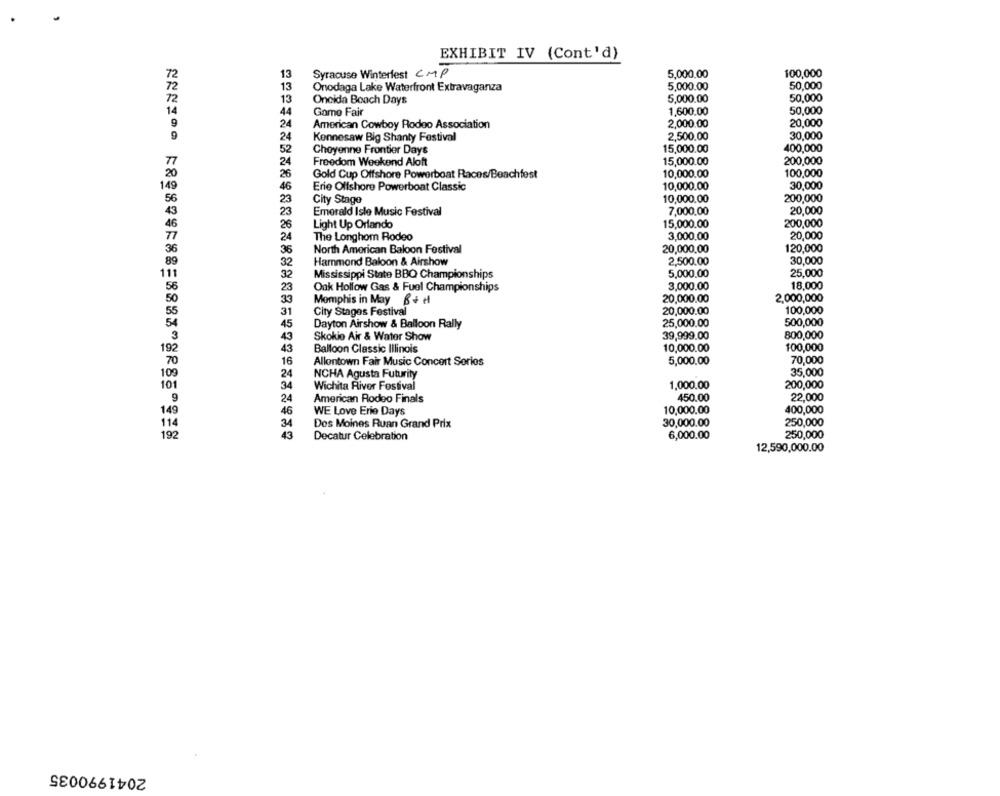
EXHIBIT IV (Cont'd)
Syracuse Winterfest CMP
13
5,000,00
100,000
13
Onodaga Lake Waterfront Extravaganza
5,000.00
50,000
13
Oncida Boach Days
5,000.00
50,000
44
Game Fair
1,600.00
50,000
24
American Cowboy Rodeo Association
2,000.00
20,000
2,500.00
30,000
24
Kennesaw Big Shanty Festival
52
Cheyenne Frontier Days
15,000.00
400,000
24
Freedom Weekend Aloft
15,000.00
200,000
26
Gold Cup Offshore Powerboat Races/Beachfest
10,000.00
100,000
46
Erie Offshore Powerboat Classic
10,000.00
30,000
City Stage
10,000.00
200,000
23
23
Emerald Isle Music Festival
7,000.00
20,000
15,000.00
200,000
26
Light Up Orlando
24
The Longhom Rodeo
3,000.00
20,000
120,000
36
North American Baloon Festival
20,000.00
Hammond Baloon & Airshow
2,500.00
30,000
32
25,000
32
Mississippi State BBQ Championships
5,000.00
Onk Hollow Gas & Fuel Championships
3.000.00
18,000
23
33
Memphis in May B+H
20,000.00
2,000,000
20,000.00
100,000
31
City Stages Festival
45
Dayton Airshow & Balloon Rally
25,000.00
500,000
39,999.00
800,000
43
Skokio Air & Water Show
43
Balloon Classic Illinois
10,000.00
100,000
16
Allontown Fair Music Concert Sorios
5,000.00
70,000
NCHA Agusta Futurity
35,000
24
34
Wichita River Festival
1,000.00
200,000
American Rodeo Finals
450.00
22,000
24
46
WE Love Erie Days
10,000.00
400,000
30,000.00
250,000
34
Des Moines Ruan Grand Prix
43
Decatur Celebration
6,000.00
250,000
12,590,000.00
2041990035